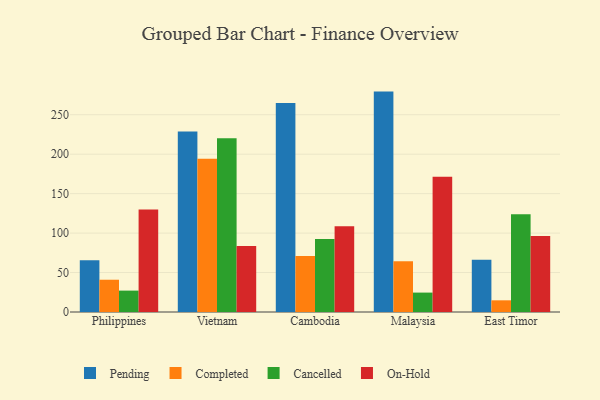
{"axis": {"x": "Country", "y": "Customer Acquisition Cost (USD)"}, "legend": ["Cancelled", "Completed", "On-Hold", "Pending"], "data": [{"x": "Philippines", "y": 65.6, "type": "Pending"}, {"x": "Philippines", "y": 40.9, "type": "Completed"}, {"x": "Philippines", "y": 27.1, "type": "Cancelled"}, {"x": "Philippines", "y": 129.9, "type": "On-Hold"}, {"x": "Vietnam", "y": 228.6, "type": "Pending"}, {"x": "Vietnam", "y": 194.1, "type": "Completed"}, {"x": "Vietnam", "y": 220.1, "type": "Cancelled"}, {"x": "Vietnam", "y": 83.5, "type": "On-Hold"}, {"x": "Cambodia", "y": 264.7, "type": "Pending"}, {"x": "Cambodia", "y": 71.1, "type": "Completed"}, {"x": "Cambodia", "y": 92.6, "type": "Cancelled"}, {"x": "Cambodia", "y": 108.7, "type": "On-Hold"}, {"x": "Malaysia", "y": 279.3, "type": "Pending"}, {"x": "Malaysia", "y": 64.3, "type": "Completed"}, {"x": "Malaysia", "y": 24.6, "type": "Cancelled"}, {"x": "Malaysia", "y": 171.4, "type": "On-Hold"}, {"x": "East Timor", "y": 66.3, "type": "Pending"}, {"x": "East Timor", "y": 14.8, "type": "Completed"}, {"x": "East Timor", "y": 123.8, "type": "Cancelled"}, {"x": "East Timor", "y": 96.3, "type": "On-Hold"}]}